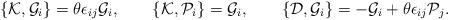
LaTeX: \begin{align*}\{{\cal K},{\cal G}_{i}\}=\theta\epsilon_{ij}{\cal G}_{i}, \qquad \{{\cal K},{\cal P}_{i}\}={\cal G}_{i}, \qquad \{{\cal D},{\cal G}_{i}\}=-{\cal G}_{i}+\theta\epsilon_{ij}{\cal P}_{j}. \end{align*}